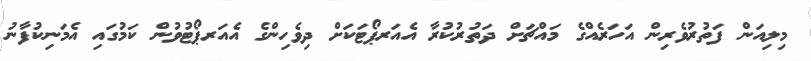
މިލިއަން ފަތުރުވެރިން އަހަރެއްގެ މައްޗަށް ދަތުރުކުރާ އެއަރޕޯޓަކަށް ދިވެހިންގެ އެއަރޕޯޓުވުން ކަމުގައި އެމަނިކުފާނު